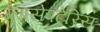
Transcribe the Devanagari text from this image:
ग्लासेपटेरिस